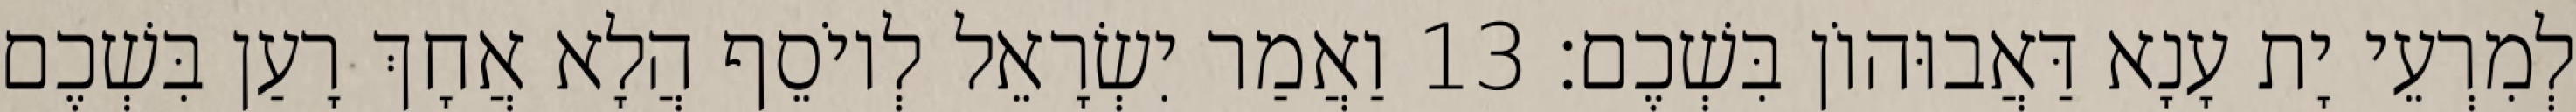
לְמִרְעֵי יָת עָנָא דַּאֲבוּהוֹן בִּשְׁכֶם׃ 13 וַאֲמַר יִשְׂרָאֵל לְיוֹסֵף הֲלָא אֲחָךְ רָעַן בִּשְׁכֶם